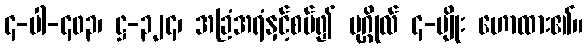
၄-ပါ-၄၀၃၊ ဋ္ဌ-၃၂၄၊ အခြံအရံနှင့်စပ်၍ ပုဂ္ဂိုလ် ၄-မျိုး ဟောထား၏။